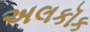
અલકૉક